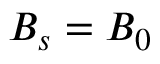
B _ { s } = B _ { 0 }